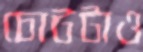
চোটটাও